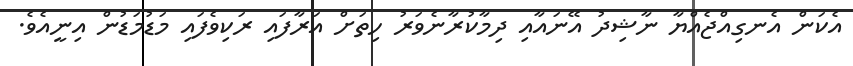
އެކަން އެނގިއްޖެއްޔާ ނާޝިދު އޭނައާއި ދިމާކުރާނެވަރު ހިތަށް އަރާފައި ރަކިވެފައި މަޑުމަޑުން އިނީއެވެ.